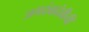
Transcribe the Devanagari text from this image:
जगदंबादेवीची